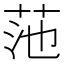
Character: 𫇻